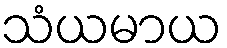
သံယမာယ